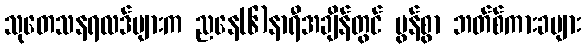
သုတေသနရလဒ်များက ညနေ(၆)နာရီအချိန်တွင် ပွန်စွာ ဘတ်စ်ကားခများ